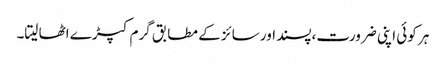
ہر کوئی اپنی ضرورت،پسند اور سائز کے مطابق گرم کپڑے اٹھا لیتا۔